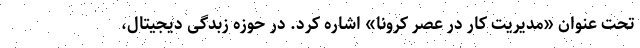
تحت عنوان «مدیریت کار در عصر کرونا» اشاره کرد. در حوزه زبدگی دیجیتال،